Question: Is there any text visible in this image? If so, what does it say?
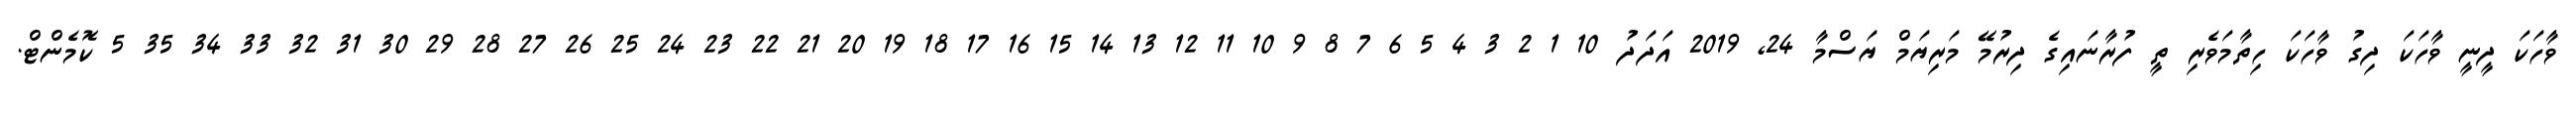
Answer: ވާހަކަ ދީނީ ވާހަކަ ދިގު ވާހަކަ ހިތާމަވެރި ތީ ފުރާނައިގެ ދިރުމޭ މަރިޔަމް ޔަސްމާ 24, 2019 އަދަދު 10 1 2 3 4 5 6 7 8 9 10 11 12 13 14 15 16 17 18 19 20 21 22 23 24 25 26 27 28 29 30 31 32 33 34 35 5 ކޮމެންޓް.